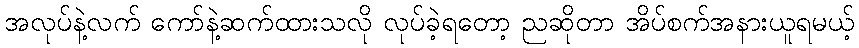
အလုပ်နဲ့လက် ကော်နဲ့ဆက်ထားသလို လုပ်ခဲ့ရတော့ ညဆိုတာ အိပ်စက်အနားယူရမယ့်